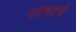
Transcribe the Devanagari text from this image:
परिषदचे